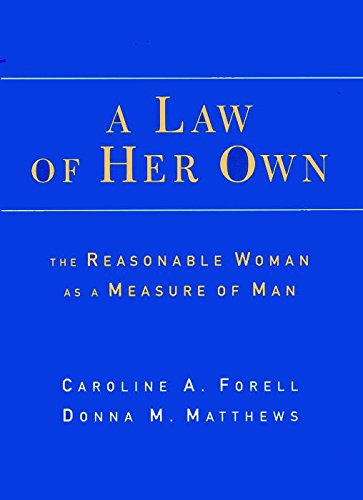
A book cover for A Law of Her Own: The Reasonable Woman as a Measure of Man; Caroline Forell; Law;